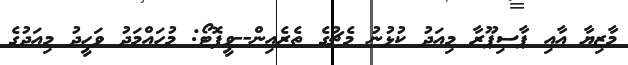
މާޒިޔާ އާއި ޕާސިޕޫރާ މިއަދު ކުޅުނު މެޗުގެ ތެރެއިން--ވީފޮޓޯ: މުހައްމަދު ވަހީދު މިއަދުގެ